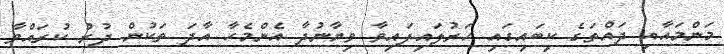
މަންމައާއި ދައްތަގެ ކިބައިގައި ހަރުލައިފައިވާ ވިޔާނުދާ އެންމެހާ އާދަ ތަކުން ދުރު ކުރައްވާ